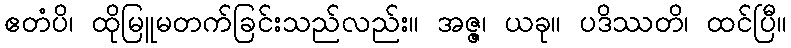
ဧတံပိ၊ ထိုမြူမတက်ခြင်းသည်လည်း။ အဇ္ဇ၊ ယခု။ ပဒိဿတိ၊ ထင်ပြီ။